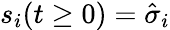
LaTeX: s_{i}(t\geq 0)=\hat{\sigma}_{i}